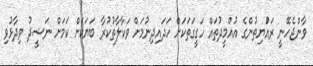
ވާންޖެހޭނީ ރައްުޔިތުންގެ އުއްމީދުތައް ހަގީގަތަކަށް ހަދައިދިނުމަށް ވަކާލާތުކުރާ ބަޔަކަށް ކަމަށް ނަޝީދު ވިދާޅުވި